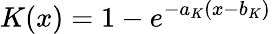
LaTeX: K(x)=1-e^{-a_{K}(x-b_{K})}